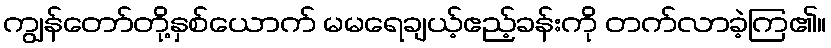
ကျွန်တော်တို့နှစ်ယောက် မမရေချယ့်ဧည့်ခန်းကို တက်လာခဲ့ကြ၏။